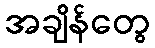
အချိန်တွေ